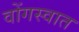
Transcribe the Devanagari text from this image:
वोंगस्वात